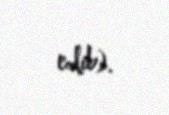
edib).